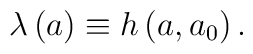
\lambda \left( a\right) \equiv h\left( a,a_0\right) .